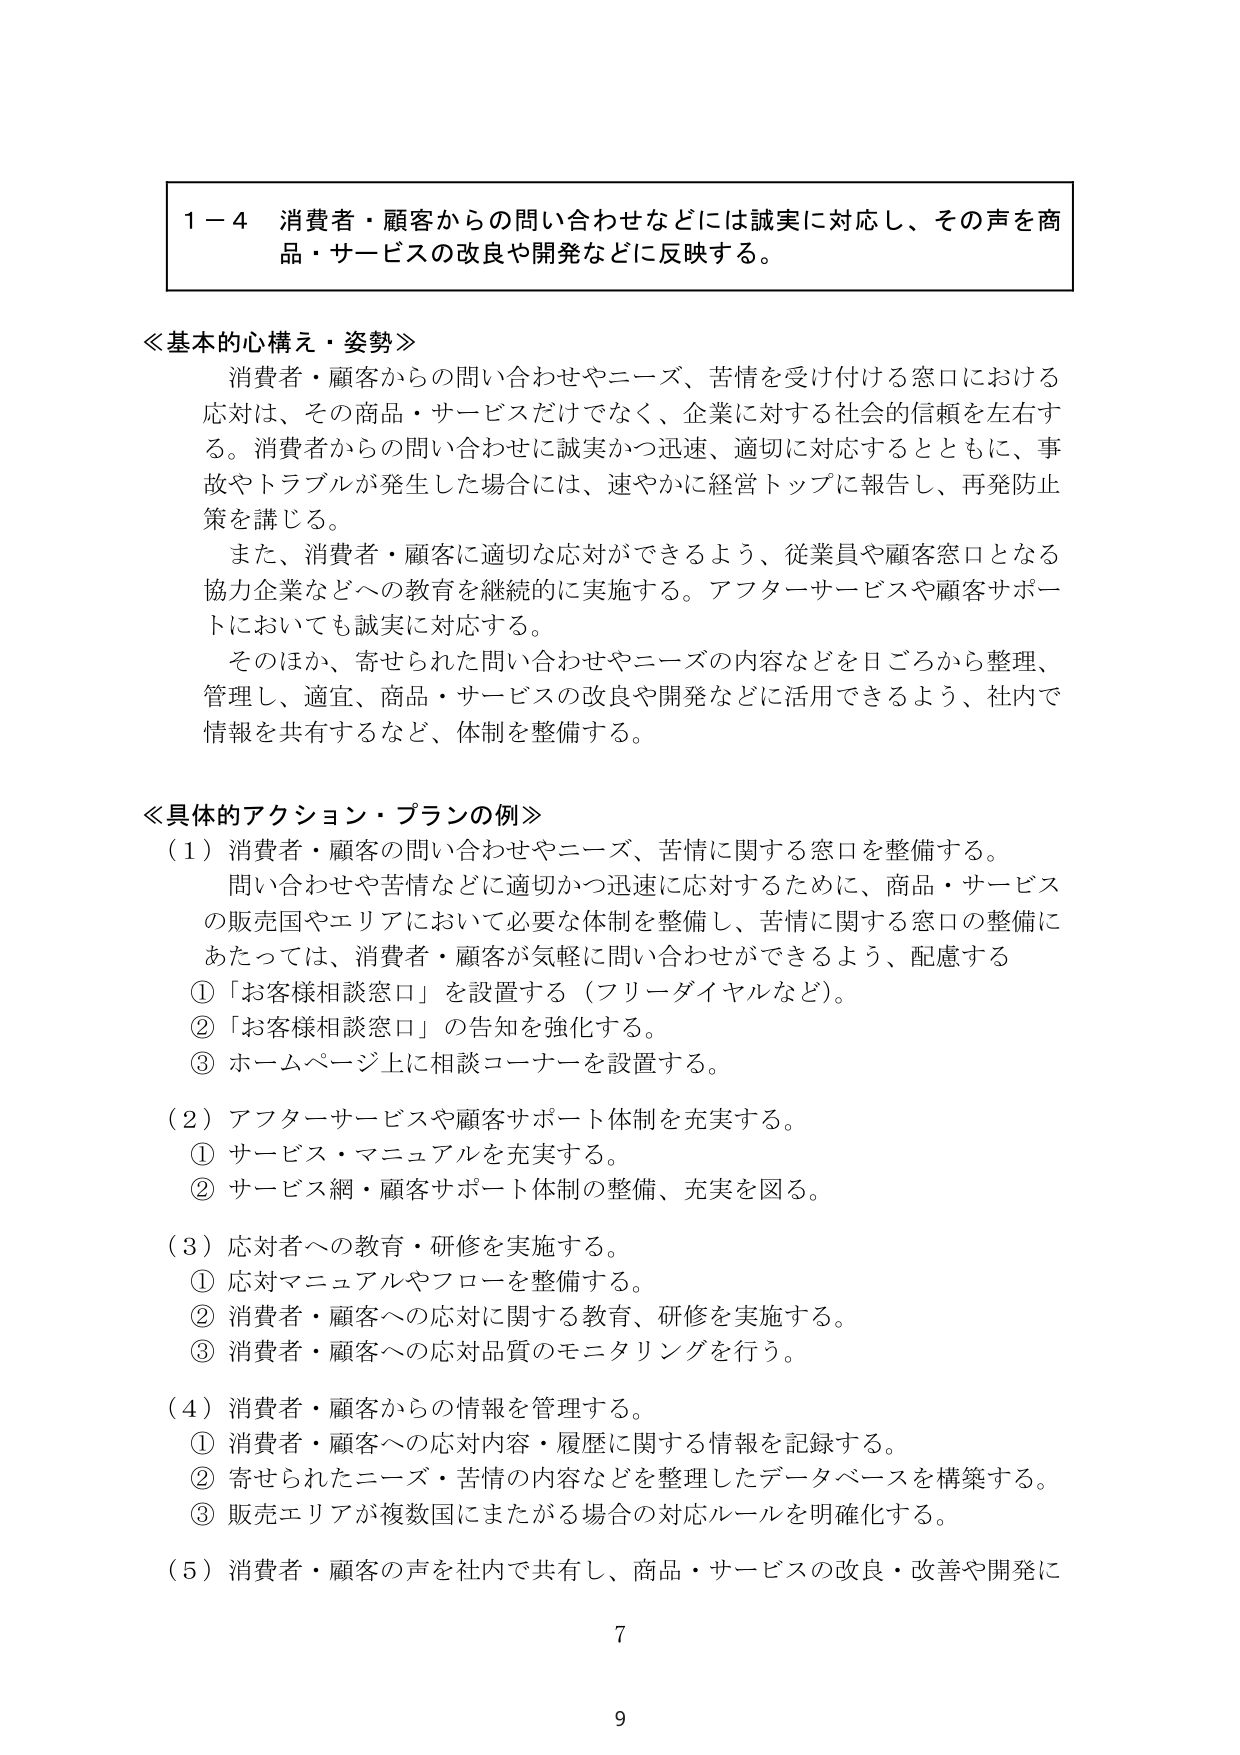
1－4 消費者・顧客からの問い合わせなどには誠実に対応し、その声を商品・サービスの改良や開発などに反映する。

≪基本的心構え・姿勢≫
消費者・顧客からの問い合わせやニーズ、苦情を受け付ける窓口における応対は、その商品・サービスだけでなく、企業に対する社会的信頼を左右する。消費者からの問い合わせに誠実かつ迅速、適切に対応するとともに、事故やトラブルが発生した場合には、速やかに経営トップに報告し、再発防止策を講じる。
また、消費者・顧客に適切な応対ができるよう、従業員や顧客窓口となる協力企業などへの教育を継続的に実施する。アフターサービスや顧客サポートにおいても誠実に対応する。
そのほか、寄せられた問い合わせやニーズの内容などを日ごろから整理、管理し、適宜、商品・サービスの改良や開発などに活用できるよう、社内で情報を共有するなど、体制を整備する。

≪具体的アクション・プランの例≫
（1）消費者・顧客の問い合わせやニーズ、苦情に関する窓口を整備する。
問い合わせや苦情などに適切かつ迅速に応対するために、商品・サービスの販売国やエリアにおいて必要な体制を整備し、苦情に関する窓口の整備にあたっては、消費者・顧客が気軽に問い合わせができるよう、配慮する
①「お客様相談窓口」を設置する（フリーダイヤルなど）。
②「お客様相談窓口」の告知を強化する。
③ホームページ上に相談コーナーを設置する。

（2）アフターサービスや顧客サポート体制を充実する。
① サービス・マニュアルを充実する。
② サービス網・顧客サポート体制の整備、充実を図る。

（3）応対者への教育・研修を実施する。
① 応対マニュアルやフローを整備する。
② 消費者・顧客への応対に関する教育、研修を実施する。
③ 消費者・顧客への応対品質のモニタリングを行う。

（4）消費者・顧客からの情報を管理する。
① 消費者・顧客への応対内容・履歴に関する情報を記録する。
② 寄せられたニーズ・苦情の内容などを整理したデータベースを構築する。
③ 販売エリアが複数国にまたがる場合の対応ルールを明確化する。

（5）消費者・顧客の声を社内で共有し、商品・サービスの改良・改善や開発に

7
9